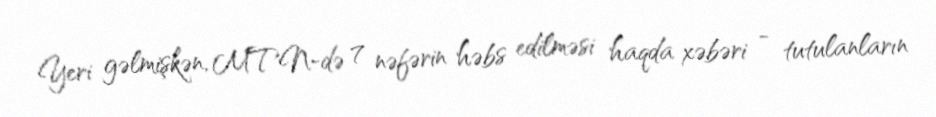
Yeri gəlmişkən, MTN-də 7 nəfərin həbs edilməsi haqda xəbəri - tutulanların